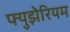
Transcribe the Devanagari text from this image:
फ्युझेरियम